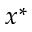
x ^ { * }